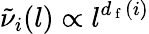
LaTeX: \tilde{\nu}_{i}(l)\propto l^{d_{\mathrm{~f~}}(i)}